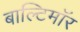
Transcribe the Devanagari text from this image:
बाल्टिमॉर